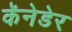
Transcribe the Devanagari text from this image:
कॅनेडेर